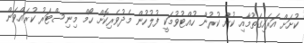
ކުށަށް އަރައިގަތުމާއި ކުށް ކުރުން ހުއްޓުވުމަކީ ފުލުހުން މެދުވެރިކޮށް ހޯމް މިނިސްޓަރު ކުރައްވަން